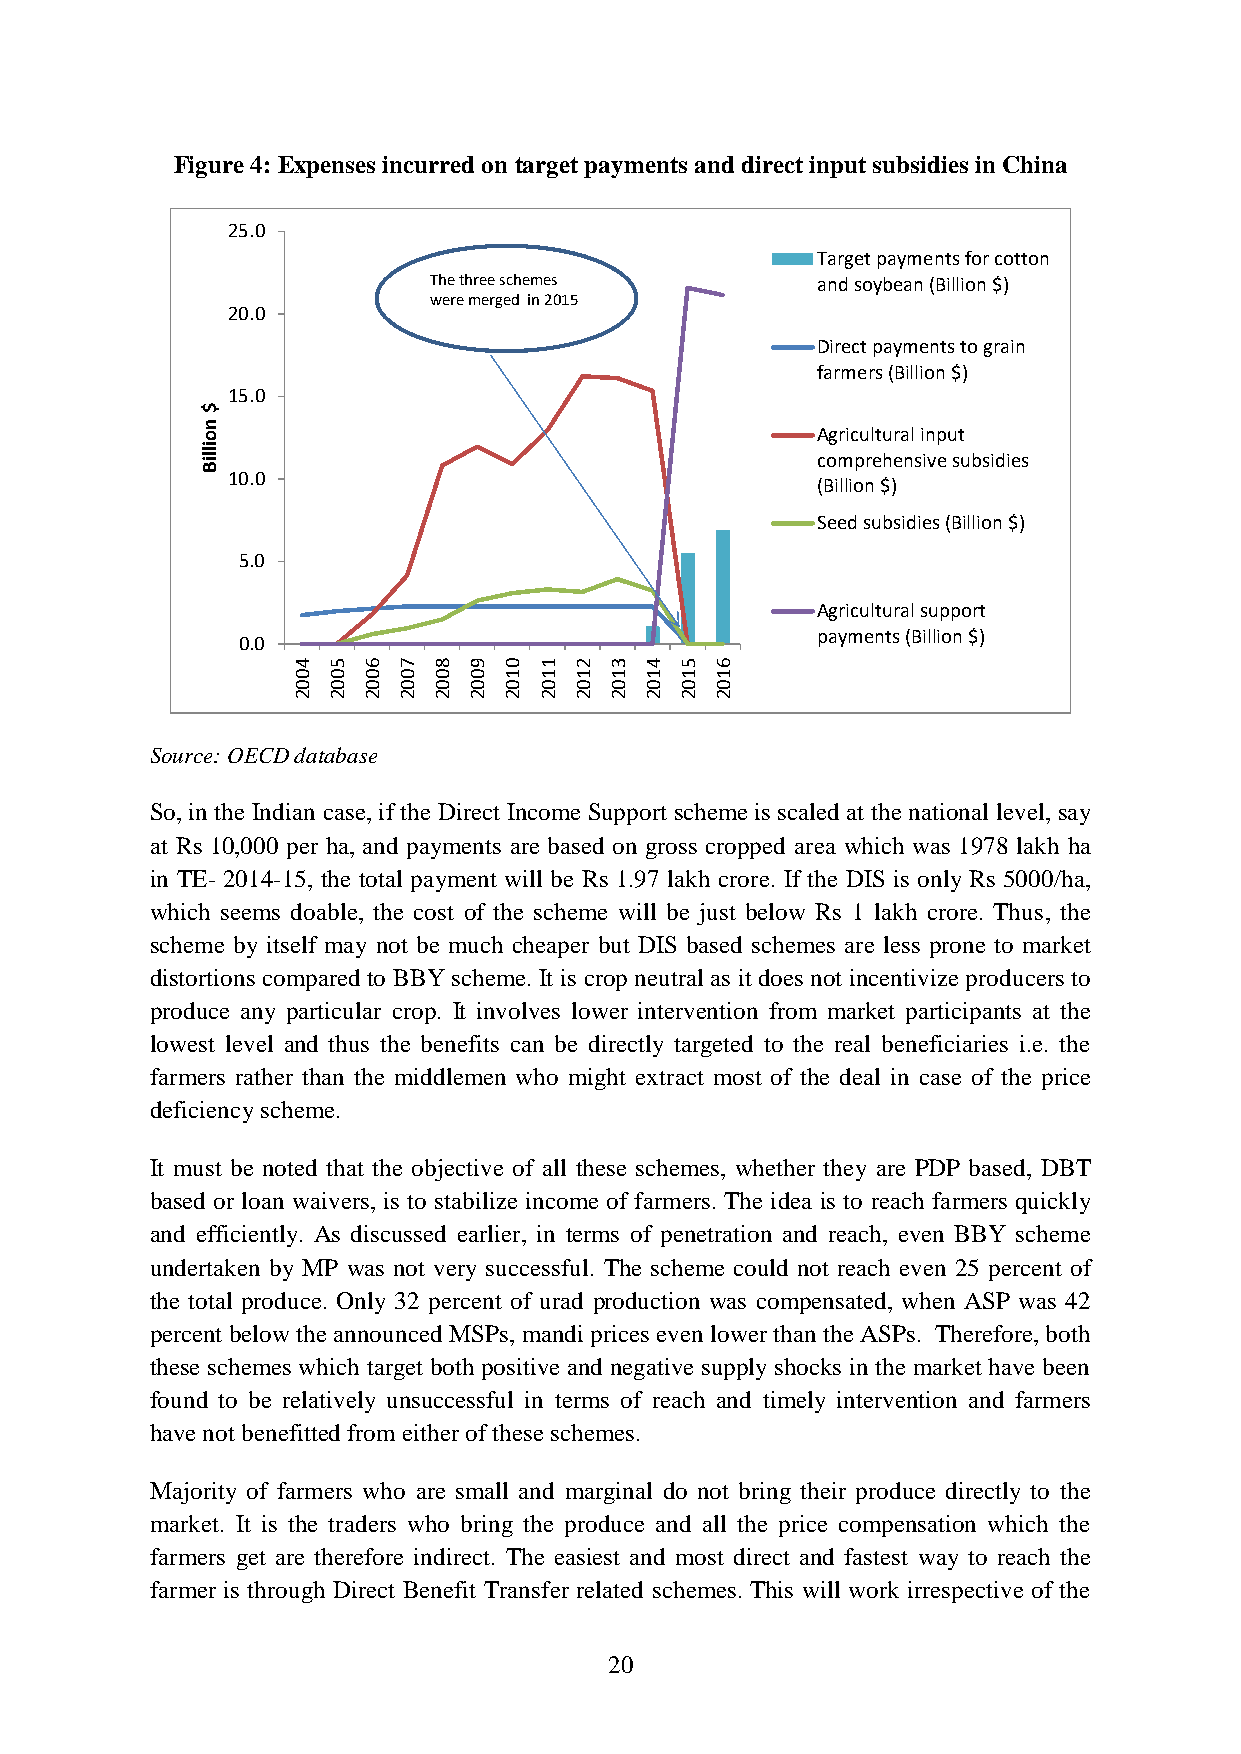
Figure 4: Expenses incurred on target payments and direct input subsidies in China
 25.0
 Target payments for cotton
 The three schemes         and soybean (Billion $)
 were merged in 2015
 20.0
 Direct payments to grain
 farmers (Billion $)
 15.0
 $
 n
 o                                        Agricultural input
 illiB
 comprehensive subsidies
 10.0
 (Billion $)
 Seed subsidies (Billion $)
 5.0
 Agricultural support
 payments (Billion $)
 0.0
 4  5 6 7  8 9 0  1 2 3  4 5 6
 0  0 0 0  0 0 1  1 1 1  1 1 1
 0  0 0 0  0 0 0  0 0 0  0 0 0
 2  2 2 2  2 2 2  2 2 2  2 2 2
 Source: OECD database
 So, in the Indian case, if the Direct Income Support scheme is scaled at the national level, say
 at Rs 10,000 per ha, and payments are based on gross cropped area which was 1978 lakh ha
 in TE- 2014-15, the total payment will be Rs 1.97 lakh crore. If the DIS is only Rs 5000/ha,
 which seems doable, the cost of the scheme will be just below Rs 1 lakh crore. Thus, the
 scheme by itself may not be much cheaper but DIS based schemes are less prone to market
 distortions compared to BBY scheme. It is crop neutral as it does not incentivize producers to
 produce any particular crop. It involves lower intervention from market participants at the
 lowest level and thus the benefits can be directly targeted to the real beneficiaries i.e. the
 farmers rather than the middlemen who might extract most of the deal in case of the price
 deficiency scheme.
 It must be noted that the objective of all these schemes, whether they are PDP based, DBT
 based or loan waivers, is to stabilize income of farmers. The idea is to reach farmers quickly
 and efficiently. As discussed earlier, in terms of penetration and reach, even BBY scheme
 undertaken by MP was not very successful. The scheme could not reach even 25 percent of
 the total produce. Only 32 percent of urad production was compensated, when ASP was 42
 percent below the announced MSPs, mandi prices even lower than the ASPs. Therefore, both
 these schemes which target both positive and negative supply shocks in the market have been
 found to be relatively unsuccessful in terms of reach and timely intervention and farmers
 have not benefitted from either of these schemes.
 Majority of farmers who are small and marginal do not bring their produce directly to the
 market. It is the traders who bring the produce and all the price compensation which the
 farmers get are therefore indirect. The easiest and most direct and fastest way to reach the
 farmer is through Direct Benefit Transfer related schemes. This will work irrespective of the
 20